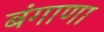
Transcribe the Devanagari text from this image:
बंगाणा